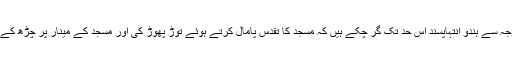
بھارت میں چھڑے ہنگاموں کی وجہ سے ہندو انتہاپسند اس حد تک گر چکے ہیں کہ مسجد کا تقدس پامال کرتے ہوئے توڑ پھوڑ کی اور مسجد کے مینار پر چڑھ کے اپنے ہندو مذہب کا جھنڈا لگا دیا ۔